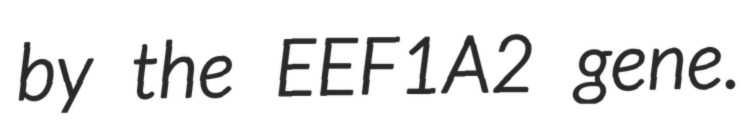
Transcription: by the EEF1A2 gene.